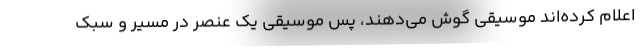
اعلام کرده‌اند موسیقی گوش می‌دهند، پس موسیقی یک عنصر در مسیر و سبک